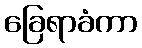
ခြေရာခံကာ